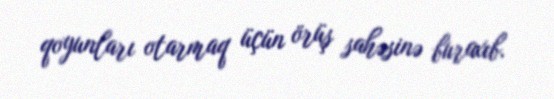
qoyunları otarmaq üçün örüş sahəsinə buraxıb.